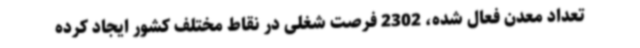
تعداد معدن فعال شده، 2302 فرصت شغلی در نقاط مختلف کشور ایجاد کرده